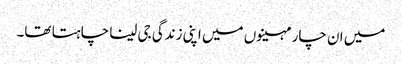
میں ان چار مہینوں میں اپنی زندگی جی لینا چاہتا تھا۔